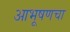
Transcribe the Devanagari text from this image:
आभूषणचा